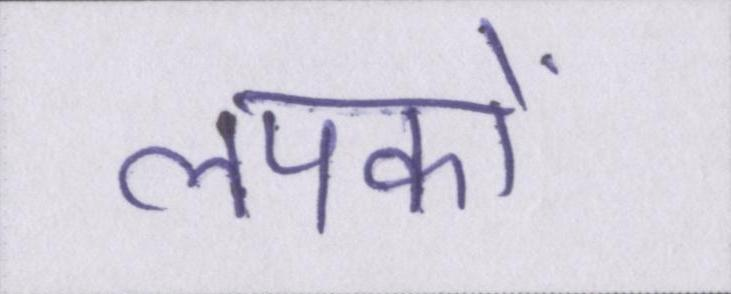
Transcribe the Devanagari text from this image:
लपकाें